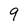
Character: 9